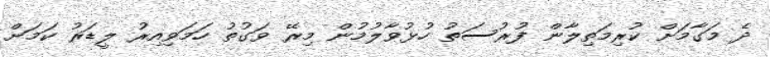
ދެ މަގާމަށް ކުރިމަތިލާން ފުރުސަތު ހުޅުވާލުމުން މިރޭ ވަގުތު ހަމަވިއިރު ލީޑަރު ކަމަށް